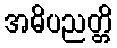
အဓိပညတ္တိ